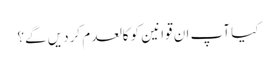
کیا آپ ان قوانین کو کالعدم کردیں گے؟